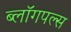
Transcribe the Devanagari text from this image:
ब्लॉगपल्स